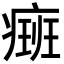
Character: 㿀